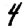
Digit: 4